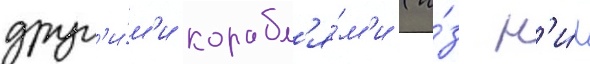
друг'и́м'и корабл'я́м'и (и́з н'и́х